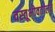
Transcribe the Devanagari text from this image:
वस्तूभोवतालचे